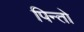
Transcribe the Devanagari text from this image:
पिन्तो